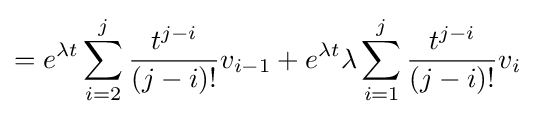
=e^{\lambda t}\sum _{i=2}^{j}{\frac {t^{j-i}}{(j-i)!}}v_{i-1}+e^{\lambda t}\lambda \sum _{i=1}^{j}{\frac {t^{j-i}}{(j-i)!}}v_{i}